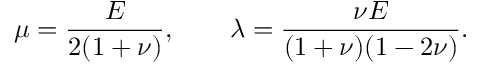
\mu = \frac E { 2 ( 1 + \nu ) } , \qquad \lambda = \frac { \nu E } { ( 1 + \nu ) ( 1 - 2 \nu ) } .